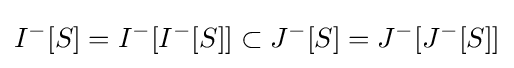
I^{-}[S]=I^{-}[I^{-}[S]]\subset J^{-}[S]=J^{-}[J^{-}[S]]